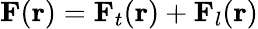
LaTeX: \mathbf{F}(\mathbf{r})=\mathbf{F}_{t}(\mathbf{r})+\mathbf{F}_{l}(\mathbf{r})